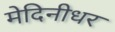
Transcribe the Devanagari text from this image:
मेदिनीधर